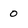
Character: 0